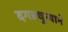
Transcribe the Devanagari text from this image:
दगडचुन्याने